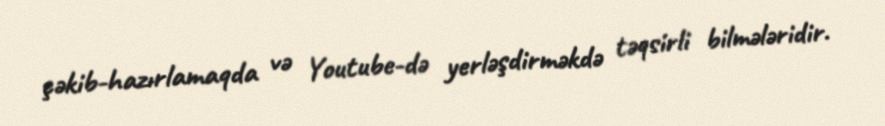
çəkib-hazırlamaqda və Youtube-də yerləşdirməkdə təqsirli bilmələridir.